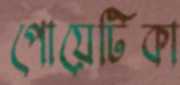
পোয়েটিকা